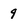
Character: 9